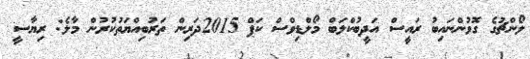
ލޯންޗުގެ ގޮވުންނައިބު ރައީސް އަދީބުކްލަބް މޯލްޑިވްސް ކަޕް 2015ދަރިން ތަރުބިއްޔަތުކުރުން މާލެ: ރިޔާސީ